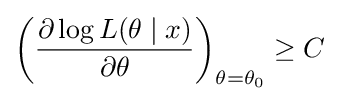
\left({\frac {\partial \log L(\theta \mid x)}{\partial \theta }}\right)_{\theta =\theta _{0}}\geq C